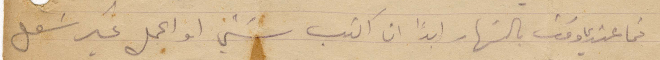
فما عندي وقت بالنهار ابدًا ان اكتب شيء او اعمل غير شغل